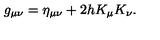
g _ { \mu \nu } = \eta _ { \mu \nu } + 2 h K _ { \mu } K _ { \nu } .